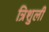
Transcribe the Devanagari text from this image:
त्रिशुली